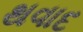
થવાદ